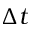
\Delta t